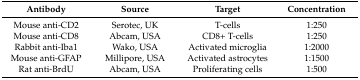
<table><thead><tr><td><b>Antibody</b></td><td><b>Source</b></td><td><b>Target</b></td><td><b>Concentration</b></td></tr></thead><tbody><tr><td>Mouse anti-CD2</td><td>Serotec, UK</td><td>T-cells</td><td>1:250</td></tr><tr><td>Mouse anti-CD8</td><td>Abcam, USA</td><td>CD8+ T-cells</td><td>1:250</td></tr><tr><td>Rabbit anti-Iba1</td><td>Wako, USA</td><td>Activated microglia</td><td>1:2000</td></tr><tr><td>Mouse anti-GFAP</td><td>Millipore, USA</td><td>Activated astrocytes</td><td>1:1500</td></tr><tr><td>Rat anti-BrdU</td><td>Abcam, USA</td><td>Proliferating cells</td><td>1:500</td></tr></tbody></table>